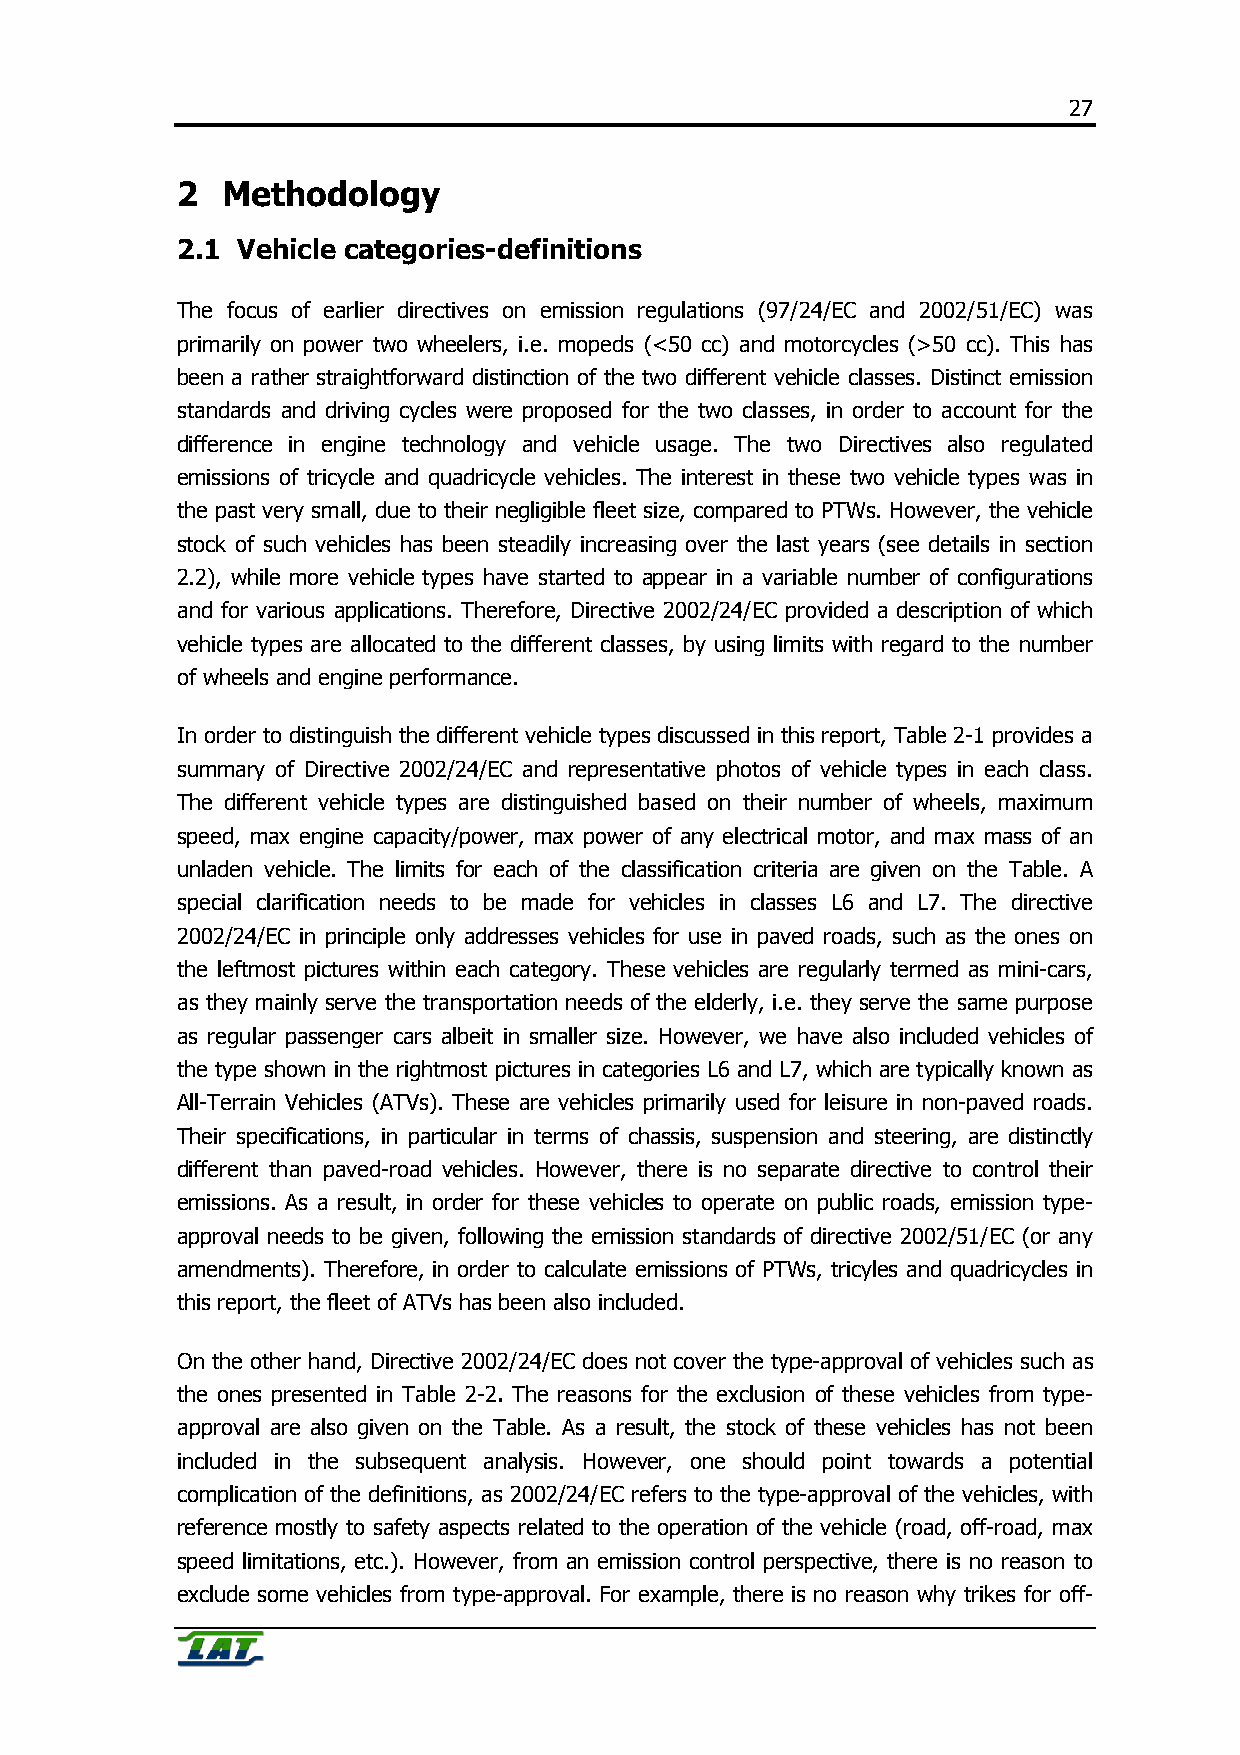
27
 2  Methodology
 2.1 Vehicle categories-definitions
 The focus of earlier directives on emission regulations (97/24/EC and 2002/51/EC) was
 primarily on power two wheelers, i.e. mopeds (<50 cc) and motorcycles (>50 cc). This has
 been a rather straightforward distinction of the two different vehicle classes. Distinct emission
 standards and driving cycles were proposed for the two classes, in order to account for the
 difference in engine technology and vehicle usage. The two Directives also regulated
 emissions of tricycle and quadricycle vehicles. The interest in these two vehicle types was in
 the past very small, due to their negligible fleet size, compared to PTWs. However, the vehicle
 stock of such vehicles has been steadily increasing over the last years (see details in section
 2.2), while more vehicle types have started to appear in a variable number of configurations
 and for various applications. Therefore, Directive 2002/24/EC provided a description of which
 vehicle types are allocated to the different classes, by using limits with regard to the number
 of wheels and engine performance.
 In order to distinguish the different vehicle types discussed in this report, Table 2-1 provides a
 summary of Directive 2002/24/EC and representative photos of vehicle types in each class.
 The different vehicle types are distinguished based on their number of wheels, maximum
 speed, max engine capacity/power, max power of any electrical motor, and max mass of an
 unladen vehicle. The limits for each of the classification criteria are given on the Table. A
 special clarification needs to be made for vehicles in classes L6 and L7. The directive
 2002/24/EC in principle only addresses vehicles for use in paved roads, such as the ones on
 the leftmost pictures within each category. These vehicles are regularly termed as mini-cars,
 as they mainly serve the transportation needs of the elderly, i.e. they serve the same purpose
 as regular passenger cars albeit in smaller size. However, we have also included vehicles of
 the type shown in the rightmost pictures in categories L6 and L7, which are typically known as
 All-Terrain Vehicles (ATVs). These are vehicles primarily used for leisure in non-paved roads.
 Their specifications, in particular in terms of chassis, suspension and steering, are distinctly
 different than paved-road vehicles. However, there is no separate directive to control their
 emissions. As a result, in order for these vehicles to operate on public roads, emission type-
 approval needs to be given, following the emission standards of directive 2002/51/EC (or any
 amendments). Therefore, in order to calculate emissions of PTWs, tricyles and quadricycles in
 this report, the fleet of ATVs has been also included.
 On the other hand, Directive 2002/24/EC does not cover the type-approval of vehicles such as
 the ones presented in Table 2-2. The reasons for the exclusion of these vehicles from type-
 approval are also given on the Table. As a result, the stock of these vehicles has not been
 included in the subsequent analysis. However, one should point towards a potential
 complication of the definitions, as 2002/24/EC refers to the type-approval of the vehicles, with
 reference mostly to safety aspects related to the operation of the vehicle (road, off-road, max
 speed limitations, etc.). However, from an emission control perspective, there is no reason to
 exclude some vehicles from type-approval. For example, there is no reason why trikes for off-